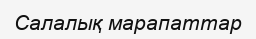
Салалық марапаттар